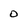
Character: 0